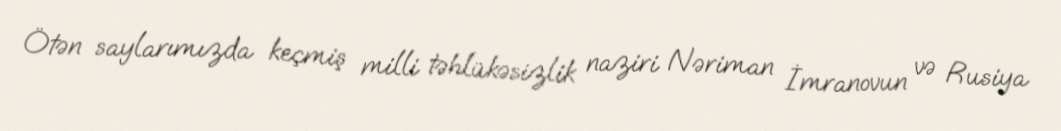
Ötən saylarımızda keçmiş milli təhlükəsizlik naziri Nəriman İmranovun və Rusiya